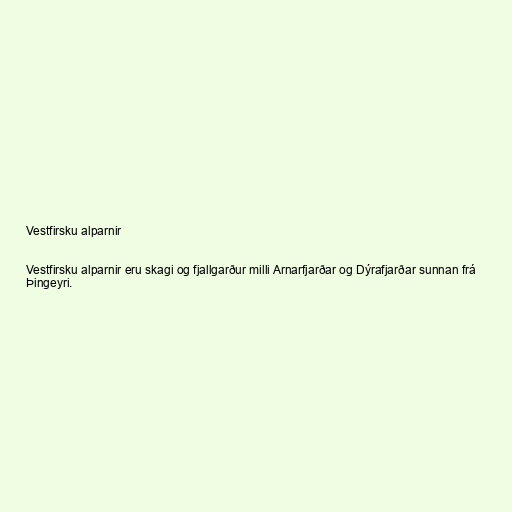
Vestfirsku alparnir

Vestfirsku alparnir eru skagi og fjallgarður milli Arnarfjarðar og Dýrafjarðar sunnan frá
Þingeyri.